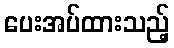
ပေးအပ်ထားသည့်